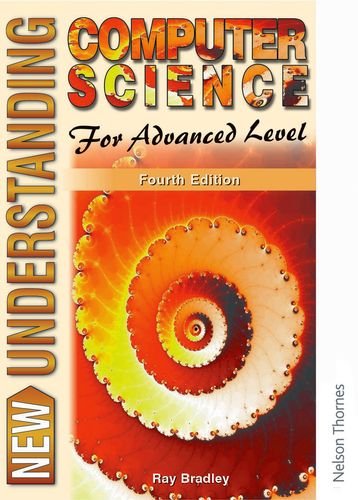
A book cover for New Understanding Computer Science for Advanced Level Fourth Edition; Ray Bradley; Teen & Young Adult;